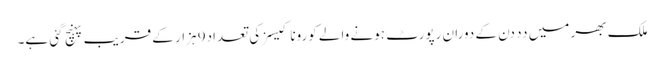
ملک بھر میں دد دن کے دوران رپورٹ ہونے والے کورونا کیسز کی تعداد9 ہزار کے قریب پہنچ گئی ہے۔